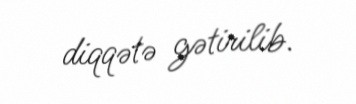
diqqətə gətirilib.